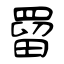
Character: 罶